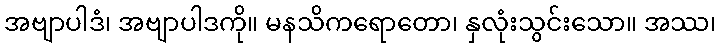
အဗျာပါဒံ၊ အဗျာပါဒကို။ မနသိကရောတော၊ နှလုံးသွင်းသော။ အဿ၊